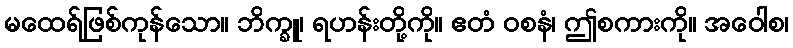
မထေရ်ဖြစ်ကုန်သော။ ဘိက္ခူ၊ ရဟန်းတို့ကို။ ဧတံ ဝစနံ၊ ဤစကားကို။ အဝေါစ၊